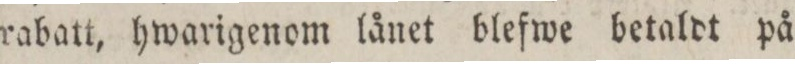
rabatt, hwarigenom lånet blefwe betaldt på